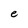
Character: e